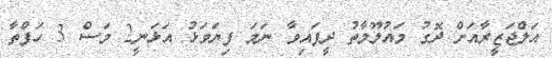
އަލްޖަޒީރާއަށް ދޮގު މައުލޫމާތު ދީފައިވާ ނަމަ ފިޔަވަޅު އަޅަނީ2 މަސް 3 ހަފްތާ